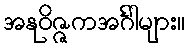
အနုဝိဇ္ဇကအင်္ဂါများ။